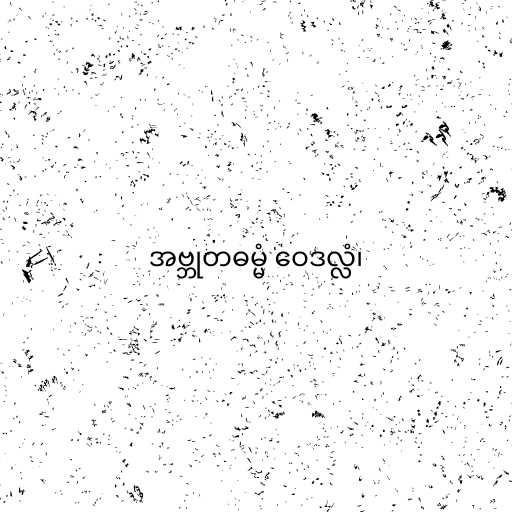
အဗ္ဘုတဓမ္မံ ဝေဒလ္လံ၊